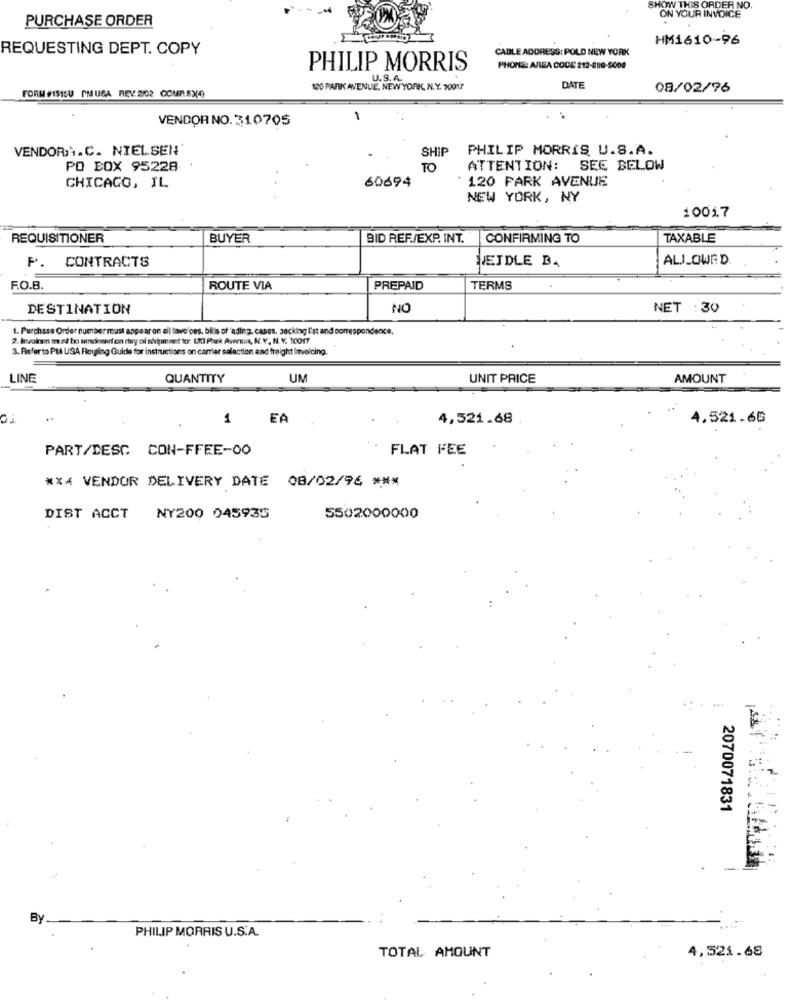
SHOW THIS ORDER NO
PURCHASE ORDER
ON YOUR INVOICE
HM1610-96
REQUESTING DEPT. COPY
CABLE ADDRESS: POLD NEW YORK
PHILIP MORRIS
PHONE: AREA CODE 212-880-5000
U.S.A.
DATE
FORM #1515U PMUSA REV 2/02 COMP.SX4)
120 PARK AVENUE, NEW YORK, N.Y. 10017
08/02/76
VENDOR NO.310705
.
VENDORA.C. NIELSEN'
SHIP
PHILIP MORRIS U.S.A.
PO BOX 95228
TO
ATTENTION: SEE BELOW
60694
120 PARK AVENUE
CHICAGO, IL
NEW YORK, NY
10017
REQUISITIONER
BUYER
BID REF./EXP. INT.
CONFIRMING TO
TAXABLE
P. CONTRACTS
NEIDLE B.
ALI_OWED
F.O.B.
ROUTE VIA
PREPAID
TERMS
DESTINATION
NO
NET :30
1. Purchase Order number must appear on all lavo'ces, bilis of'ading. cases, packing l'st and correspondence.
2. Involnen m så bo sendomarion day of shipmant tor: 120 Pluk Aversa, N.Y, N. Y. 10017
3. Refer to PIA USA Rowing Guide for instructions on carrier salaction and freight Invoicing.
LINE
QUANTITY
UM
UNIT PRICE
AMOUNT
0.
1
EA
4,521.68
4.521.66
PART/DESC CON-FFEE-00
FLAT FEE
*** VENDOR DELIVERY DATE 08/02/96 ***
DIST ACCT NY200 045935
5502000000
2070071831
By
PHILIP MORRIS U.S.A.
TOTAL AMOUNT
4,521.68